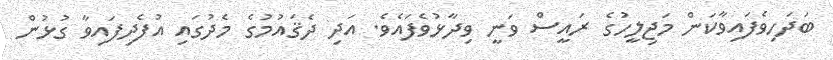
ބަދަހިވެފައިވާކަން މަޖިލީހުގެ ރައީސް ވަނީ ވިދާޅުވެފައެވެ. އަދި ދެޤައުމުގެ މެދުގައި އުފެދިފައިވާ ގުޅުން